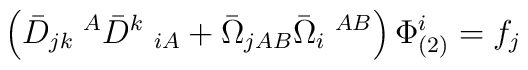
\left(\bar{D}_{jk}\;^{A}\bar{D}^{k}\;_{iA}+\bar{\Omega}_{jAB}\bar{\Omega}_{i}\;^{AB}\right)\Phi^{i}_{(2)}=f_{j}